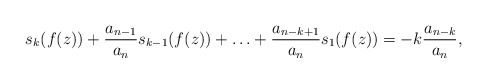
\begin{align*}s_k(f(z))+\frac{a_{n-1}}{a_n}s_{k-1}(f(z))+\ldots+\frac{a_{n-k+1}}{a_n}s_1(f(z))=-k\frac{a_{n-k}}{a_n},\end{align*}